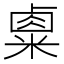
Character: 𥻆